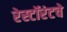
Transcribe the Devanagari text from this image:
रेस्टॉरंटचे